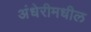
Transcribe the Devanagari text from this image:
अंधेरीमधील